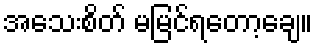
အသေးစိတ် မမြင်ရတော့ချေ။